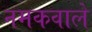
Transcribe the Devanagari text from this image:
नमकवाले